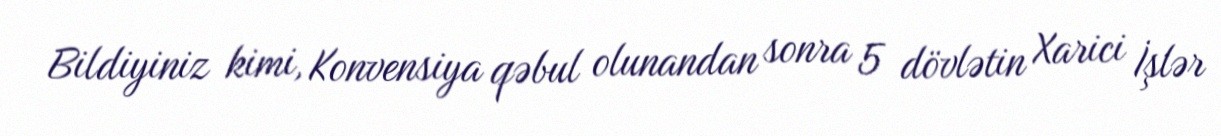
Bildiyiniz kimi, Konvensiya qəbul olunandan sonra 5 dövlətin Xarici İşlər